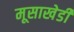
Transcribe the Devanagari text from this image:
मूसाखेडी